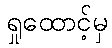
ရှုထောင့်မှ